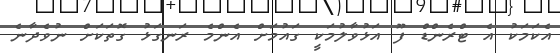
އެކަމަކު އެ ޓްރެންޑް ފޫ އަޅުވާލުމަކީ ގައުމަށް އެންމެ ރަނގަޅު ގޮތަކަށް ނުވެދާނެ